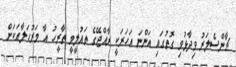
ޗާންސެލަރު ވިދާޅުވި ގޮތުގައި އަންނަ އަހަރަކީ ރާއްޖޭގެ ތައުލީމީ ތާރީހު އާ މަރުހަލާއަކަށް